Laimjala_vallavalitsus, lk 30
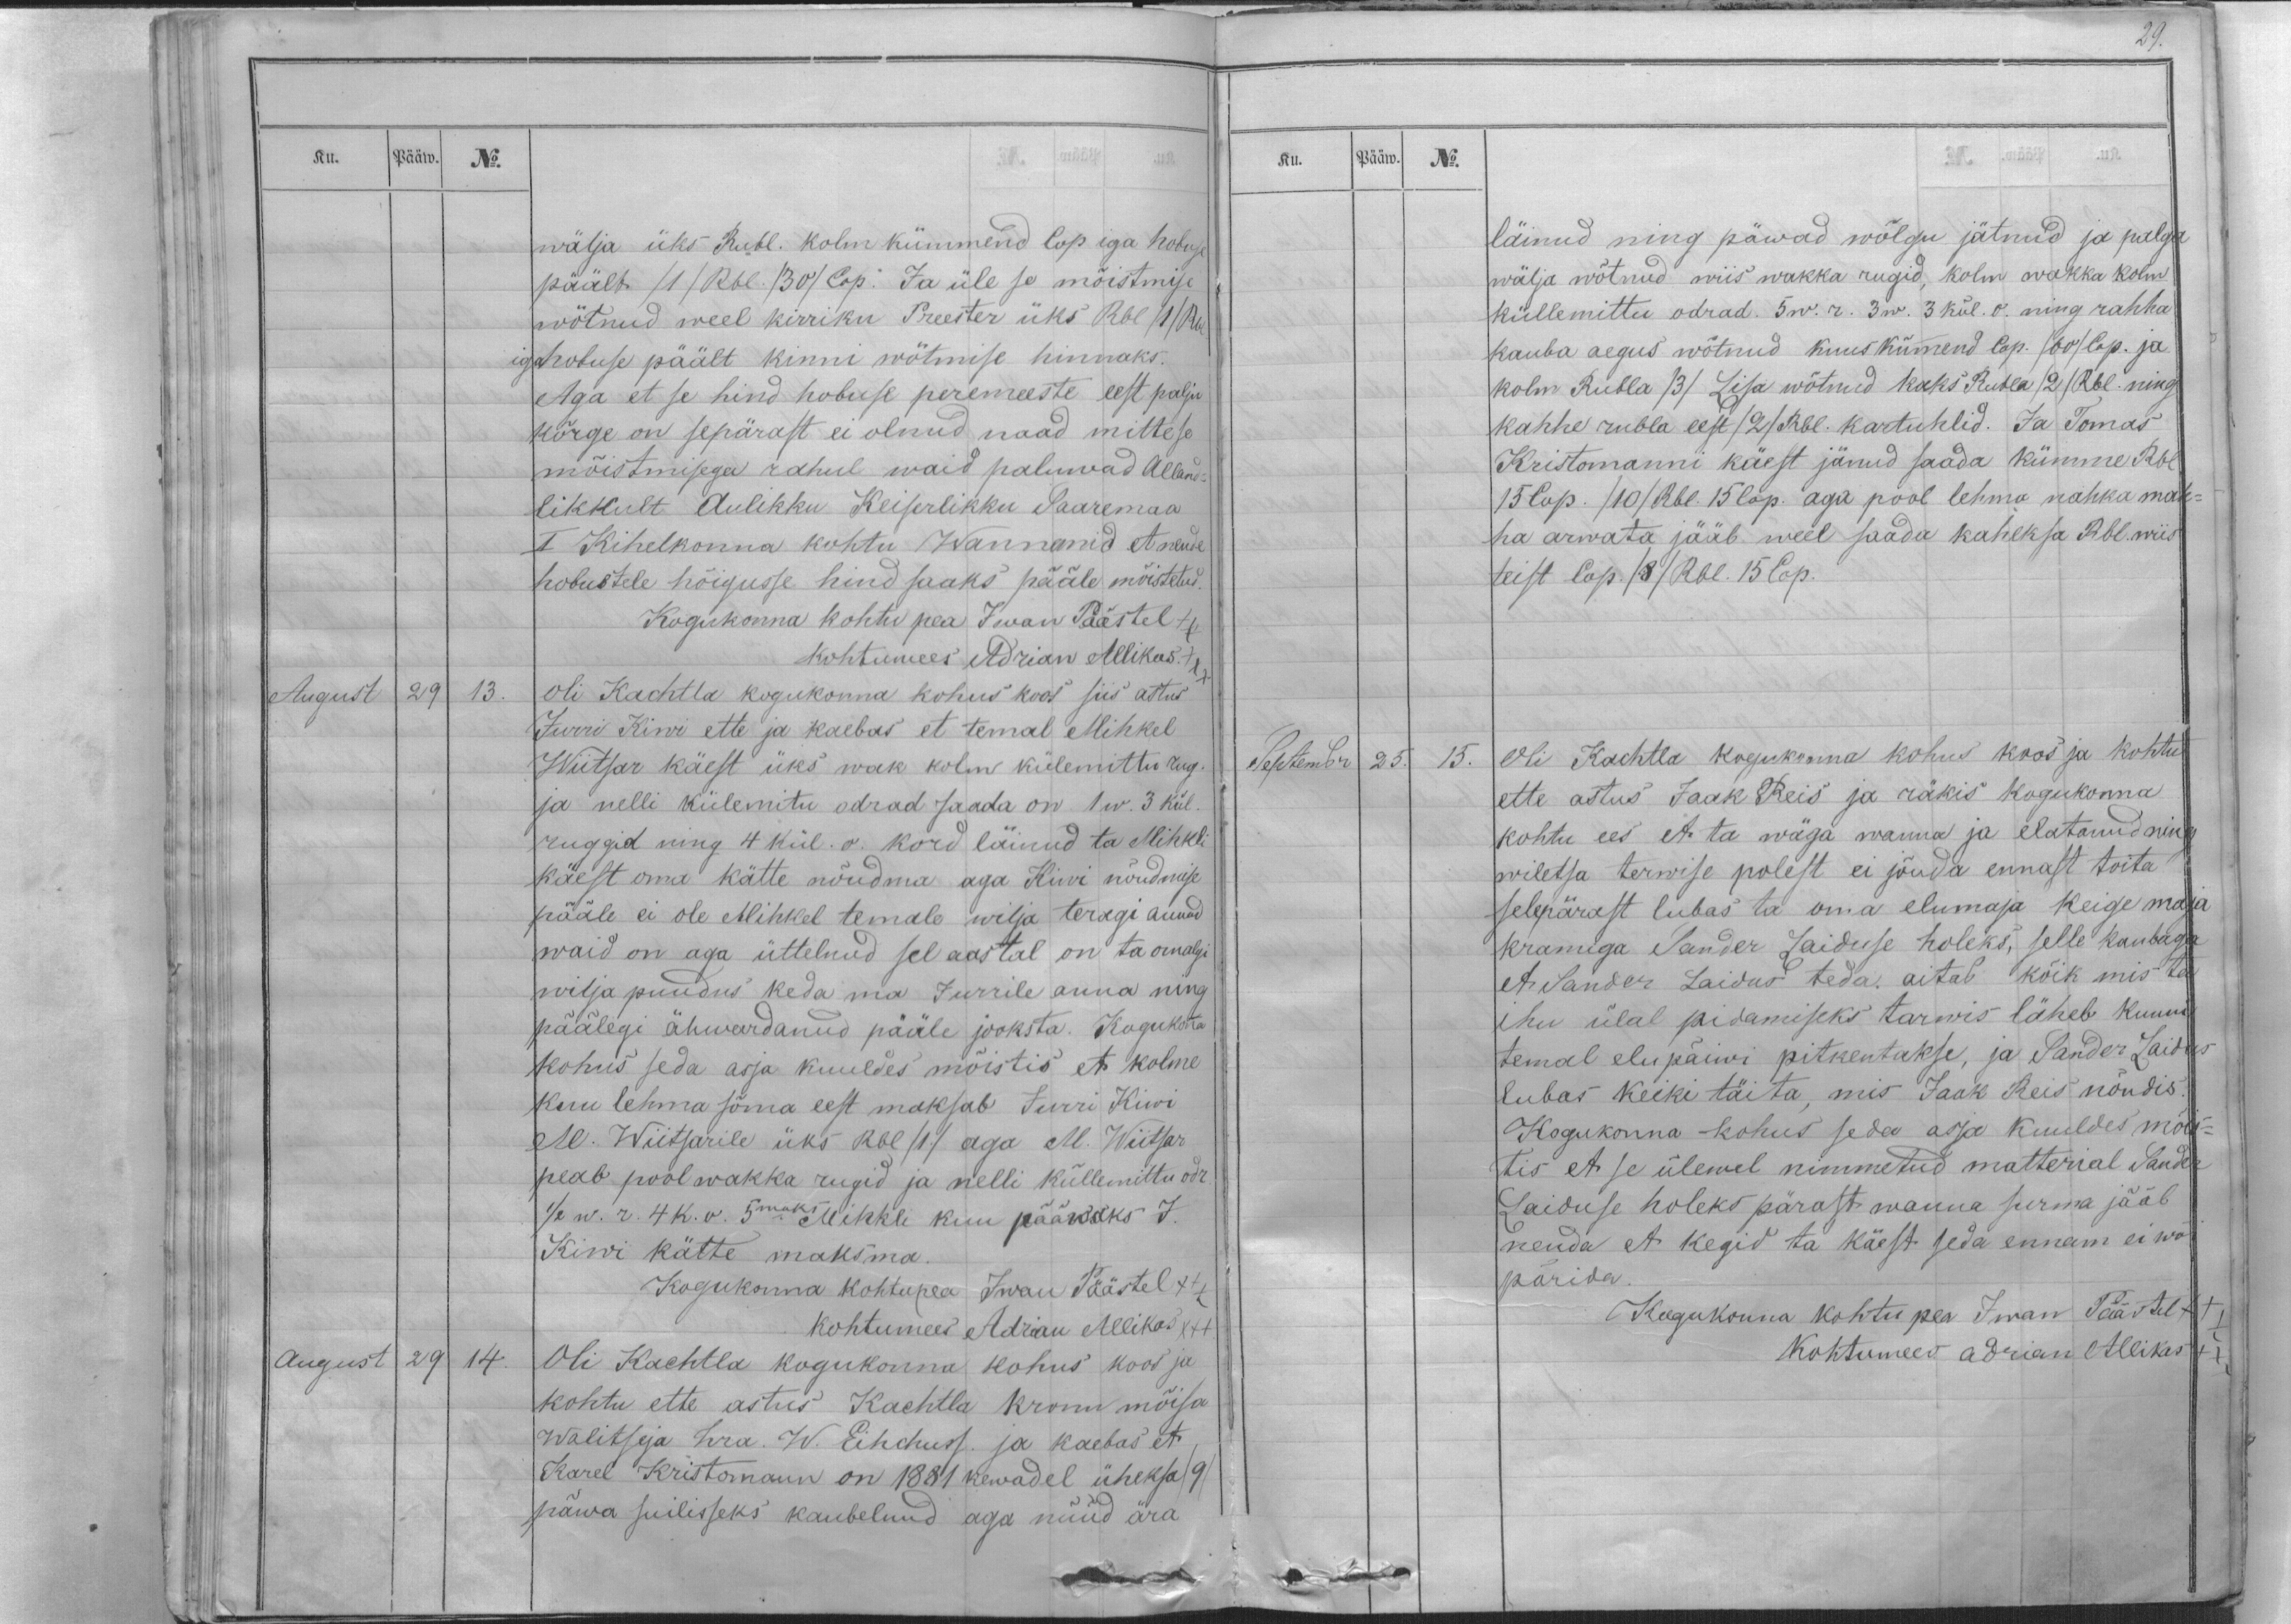
Ku.
Pääw.
No.
wälja üks Rubl. kolm kümmend Cop iga hobuse
päält /1/ Rbl. /30/ Cop. Ja üle se mõistmise
wõtnud weel kirriku Preester üks Rbl /1/ Rbl.
iga hobuse päält kinni wõtmise hinnaks.
Aga et se hind hobuse peremeeste eest palju
kõrge on sepärast ei olnud naad mitte se
mõistmisega rahul waid paluwad Alland-
likkult Aulikku Keiserlikku Saaremaa
I Kihelkonna kohtu Wannemid et nende
hobustele hõigusse hind saaks pääle mõistetud.
Kogukonna kohtu pea Iwan Päästel XX
kohtumees Adrian Allikas. XXX
August
29
13.
Oli Kachtla kogukonna kohus koos siis astus
Jurri Kiwi ette ja kaebas et temal Mihkel
Wiitsar käest üks wak kolm külemittu rug.
ja nelli külemitu odrad saada on 1 w. 3 kül.
ruggid ning 4 kül. o. kord läinud ta Mihkli
käest oma kätte nõudma aga Kiwi nõudmise
pääle ei ole Mihkel temale wilja teragi annud
waid on aga üttelnud sel aastal on ta omalgi
wilja puudus keda ma Jurrile anna ning
päälegi ähwardanud pääle jooksta. Kogukonna
kohus seda asja kuuldes mõistis et kolme
kuu lehma söma eest maksab Jurri Kiwi
M. Wiitsarile üks Rbl /1/ aga M. Wiitsar
peab pool wakka rugid ja nelli küllemittu odr.
1/2 w. r. 4 k. o. 5maks Mihkli kuu pääwaks J.
Kiwi kätte maksma.
Kogukonna kohtupea Iwan Päästel XXX
kohtumees Adrian Allikas XXX
August
29
14.
Oli Kachtla kogukonna kohus koos ja
kohtu ette astus Kachtla kronu mõisa
Walitseja hra. W. Eihchuss ja kaebas et
Karel Kristomann on 1881 kewadel üheksa /9/
päwa suilisseks kaubelnud aga nüüd ära

29.
Ku.
Pääw.
No.
läinud ning päwad wõlgu jätnud ja palga
wälja wõtnud wiis wakka rugid, kolm wakka kolm
küllemittu odrad. 5 w. r. 3 w. 3 kül. o. ning rahha
kauba aegus wõtnud kuus kümend Cop. /60/ Cop. ja
kolm Rubla /3/ Lisa wõtnud kaks Rubla /2 /Rbl. ning
kahhe rubla eest /2/ Rbl. kartuhlid. Ja Tomas
Kristomanni käest jänud saada kümme Rbl.
15 Cop. /10/ Rbl. 15 Cop. aga pool lehma nahka mah-
ha arwata jääb weel saada kaheksa Rbl. wiis
teist Cop. /8/ Rbl. 15 Cop.
Septembr
25.
15.
Oli Kachtla kogukonna kohus koos ja kohtu
ette astus Jaak Reis ja räkis kogukonna
kohtu ees et ta wäga wanna ja elatanud ning
wiletsa terwise polest ei jõuda ennast toita
selepärast lubas ta oma elumaja keige maja
kramiga Sander Laiduse holeks, selle kaubaga
et Sander Laidus teda aitab kõik mis ta
ihu ülal pidamiseks tarwis läheb kunni
temal elupäiwi pitkentakse, ja Sander Laidus
lubas keiki täita, mis Jaak Reis nõudis.
Kogukonna kohus seda asja kuuldes mõis-
tis et se ülewal nimmetud matterial Sander
Laiduse holeks pärast wanna surma jääb
nenda et kegid ta käest seda ennam ei wõi
pärida.
Kogukonna kohtu pea Iwan Päästel XXX
Kohtumees Adrian Allikas XXX